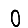
Digit: 0